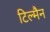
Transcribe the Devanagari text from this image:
टिल्मैन